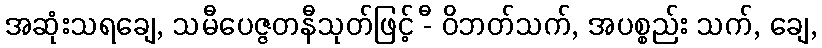
အဆုံးသရချေ, သမီပေဇ္ဇတနီသုတ်ဖြင့် -ီ ဝိဘတ်သက်, အပစ္စည်း သက်, ချေ,